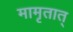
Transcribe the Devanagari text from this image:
मामृतात्